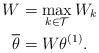
LaTeX: \begin{align*} W &= \max_{ k \in \mathcal{T} } W_k \\ \overline{\theta} &= W \theta^{(1)} .\end{align*}